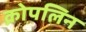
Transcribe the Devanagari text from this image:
क्रोपलिन